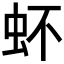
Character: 𧉈